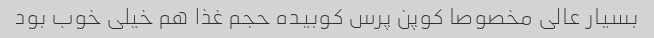
بسیار عالی مخصوصا کوپن پرس کوبیده حجم غذا هم خیلی خوب بود